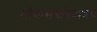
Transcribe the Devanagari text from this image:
लोकसंख्येबाबत